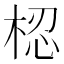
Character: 梕